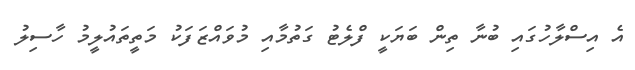
އެ އިސްލާހުގައި ބުނާ ތިން ބަޔަކީ ފްލެޓު ގަތުމާއި މުވައްޒަފަކު މަތީތައުލީމު ހާސިލު